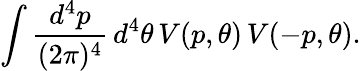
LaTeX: \int\frac{d^{4}p}{(2\pi)^{4}}\, d^{4}\theta\, V(p,\theta)\, V(-p,\theta).